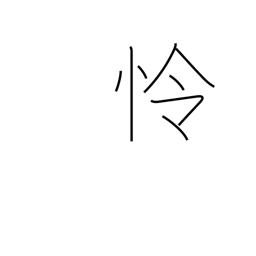
Meaning: wise